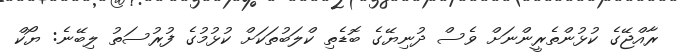
ރާއްޖޭގެ ކުޅުންތެރީންނަށް ވެސް ދުނިޔޭގެ ބޮޑެތި ކްލަބުތަކަށް ކުޅުމުގެ ފުރުސަތު ލިބޭނެ: ޔޯކް